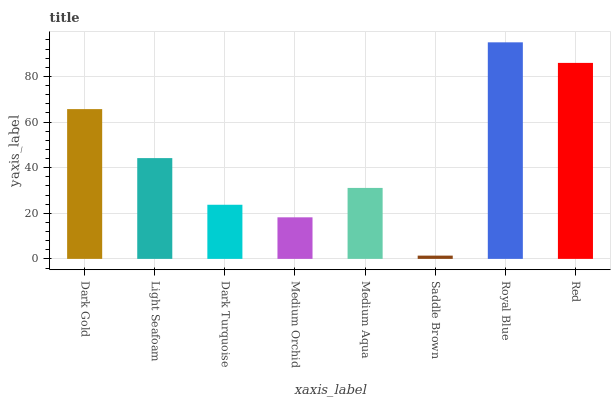
| xaxis_label | bars |
 | --- | --- |
 | Dark Gold | 65.7 |
 | Light Seafoam | 44.2 |
 | Dark Turquoise | 23.7 |
 | Medium Orchid | 18.2 |
 | Medium Aqua | 31.1 |
 | Saddle Brown | 1.43 |
 | Royal Blue | 94.9 |
 | Red | 85.9 |